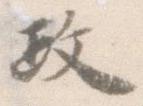
政